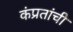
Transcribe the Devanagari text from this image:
कंप्रतांची